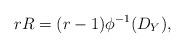
LaTeX: \begin{align*} rR = (r-1)\phi^{-1}(D_Y),\end{align*}